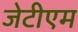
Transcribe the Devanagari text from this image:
जेटीएम